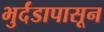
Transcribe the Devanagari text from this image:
भुर्दंडापासून